Lunatic asylums United Provinces 1899-1908 - 1899-1908
Year: 1899
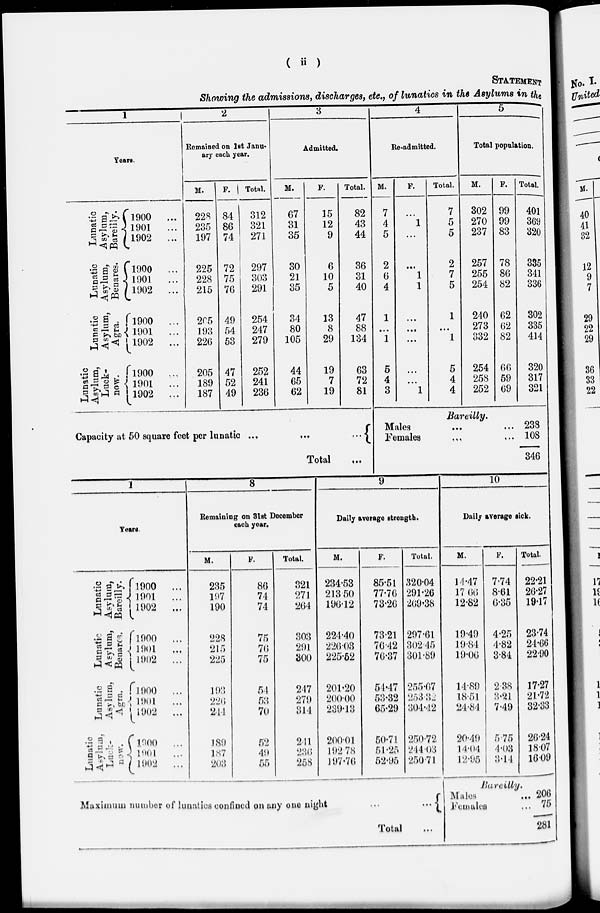
(
ii
)
STATEMENT
Showing the admissions, discharges, etc., of lunatics in the Asylums in the
1
Years.
Lunatic
Asylum,
Bareilly.
Lunatic
Asylum,
Benares.
Lunatic
Asylum,
Agra.
Lunatic
Asylum,
Lucknow.
1900 ...
1901
...
1902
...
1900
...
1901
...
1902
...
1900
...
1901
...
1902
...
1900
...
1901
...
1902
...
2
Remained on 1st January each year.
M.
228
235
197
225
228
215
205
193
226
205
189
187
F.
84
86
74
72
75
76
49
54
53
47
52
49
Total.
312
321
271
297
303
291
254
247
279
252
241
236
3
Admitted.
M.
67
31
35
30
21
35
34
80
105
44
65
62
F.
15
12
9
6
10
5
13
8
29
19
7
19
Total.
82
43
44
36
31
40
47
88
134
63
72
81
Capacity at 50 square feet per lunatic
Total ...
4
Re-admitted.
M.
7
4
5
2
6
4
1
...
1
5
4
3
F.
...
1
...
...
1
1
...
...
...
...
...
1
Total.
7
5
5
2
7
5
1
...
1
5
4
4
5
Total population.
M.
302
270
237
257
255
254
240
273
332
254
258
252
F.
99
99
83
78
86
82
62
62
82
66
59
69
Total.
401
369
320
335
341
336
302
335
414
320
317
321
Bareilly.
Males ... ...
Females ... ...
238
108
346
1
Years.
Lunatic
Asylum,
Bareilly.
Lunatic
Asylum,
Benares.
Lunatic
Asylum,
Agra.
Lunatic
Asylum,
Lucknow.
1900 …
1901 …
1902 …
1900 …
1901 …
1902 …
1900 …
1901 …
1902 …
1900 …
1901 …
1902 …
8
Remaining on 31st December
each year.
M.
235
197
190
228
215
225
193
226
244
189
187
203
F.
86
74
74
75
76
75
54
53
70
52
49
55
Total.
321
271
264
303
291
300
247
279
314
241
236
258
9
Daily average strength.
M.
234.53
213.50
196.12
224.40
226.03
225.52
201.20
200.00
239.13
200.01
192.78
197.76
F.
85.51
77.76
73.26
73.21
76.42
76.37
54.47
53.32
65.29
50.71
51.25
52.95
Total.
320.04
291.26
269.38
297.61
302.45
301.89
255.67
253.32
304.42
250.72
244.03
250.71
Maximum number of lunatics confined on any one night
...
...
Total ...
10
Daily average sick.
M.
14.47
17.66
12.82
19.49
19.84
19.06
14.89
18.51
24.84
20.49
14.04
12.95
F.
7.74
8.61
6.35
4.25
4.82
3.84
2.38
3.21
7.49
5.75
4.03
3.14
Total.
22.21
26.27
19.17
23.74
24.66
22.90
17.27
21.72
32.33
26.24
18.07
16.09
Bareilly.
Males ...
Females ...
206
75
281